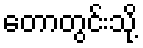
တောတွင်းသို့